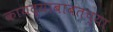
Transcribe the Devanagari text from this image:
कायद्याबाबतच्या